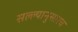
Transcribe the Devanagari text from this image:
सल्ल्यानुसारच